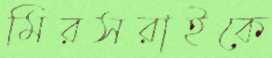
মিরসরাইকে